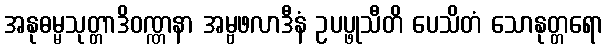
အနုဓမ္မသုတ္တာဒိဝဏ္ဏနာ အမ္ဗဖလာဒီနံ ဥပပ္ဖုသီတိ ပေသိတံ သောနုတ္တရော